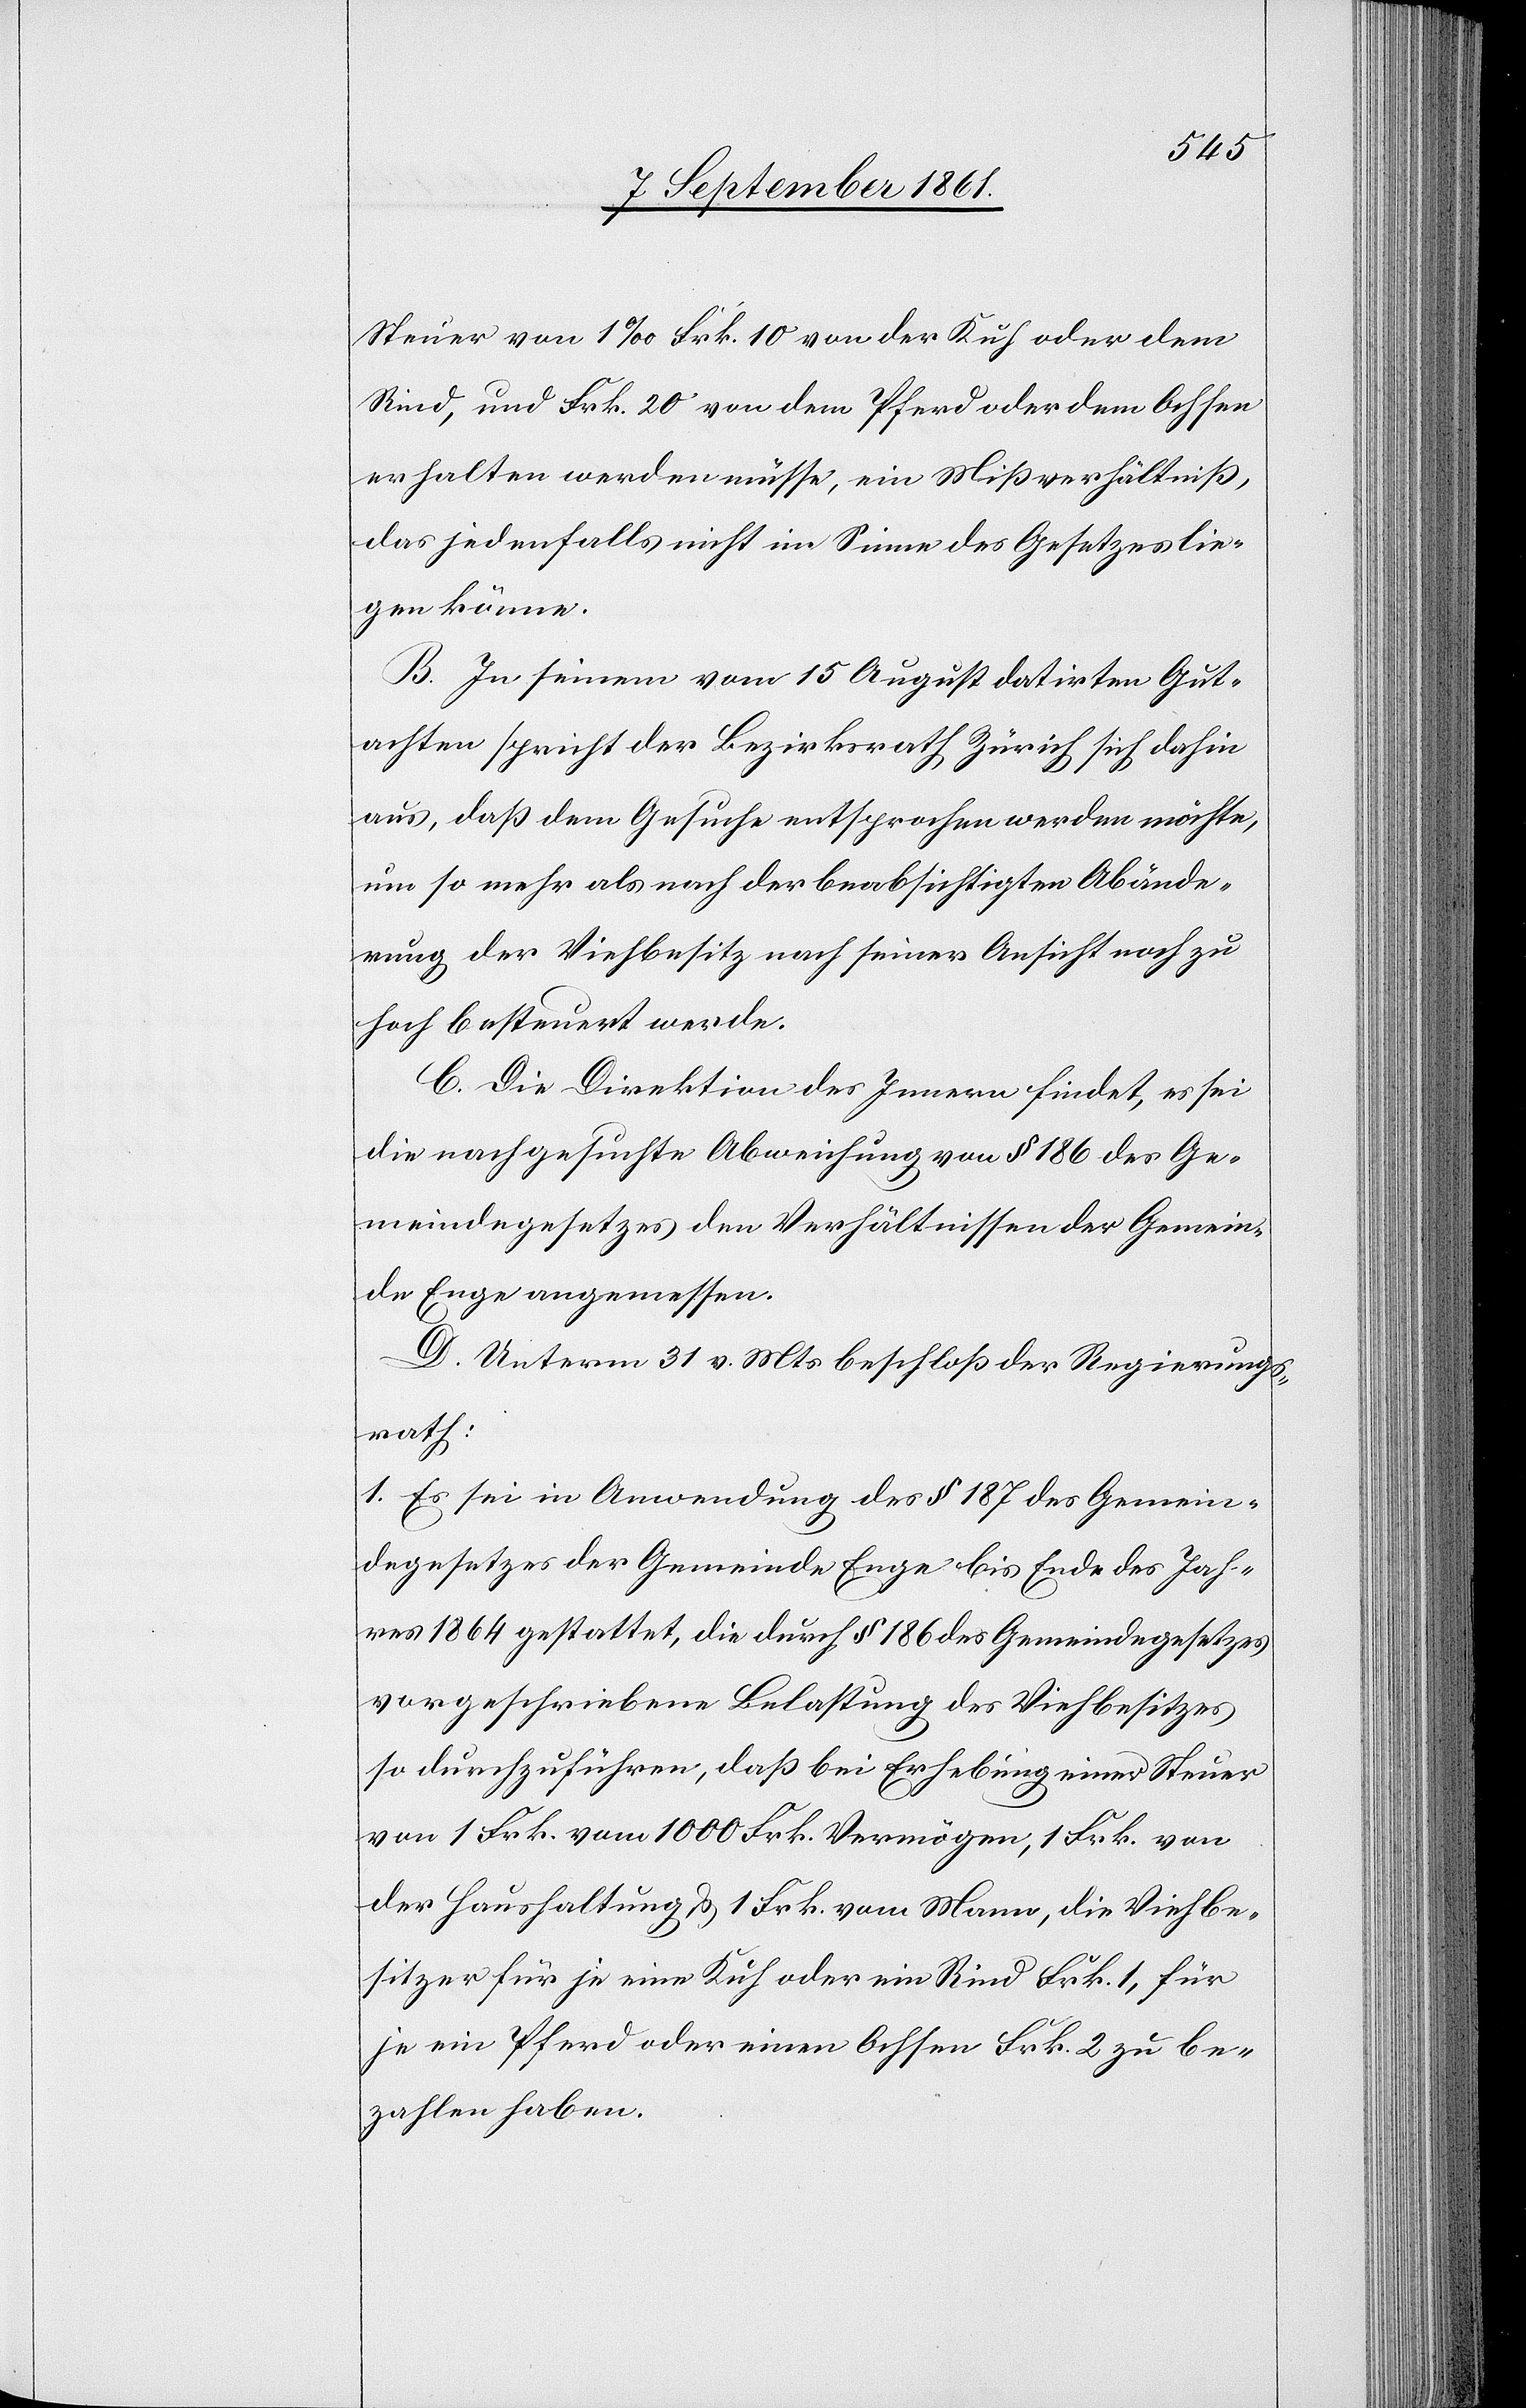
Steuer von 1‰ Frk. 10 von der Kuh oder dem
Rind, und Frk. 20 von dem Pferd oder dem Ochsen
erhalten werden müsse, ein Mißverhältniß,
das jedenfalls nicht im Sinne des Gesetzes lie¬
gen könnte.
B. In seinem vom 15 August datirten Gut¬
achten spricht der Bezirksrath Zürich sich dahin
aus, daß dem Gesuche entsprochen werden möchte,
um so mehr als nach der beabsichtigten Abände¬
rung der Viehbesitz nach seiner Ansicht noch zu
hoch besteuert werde.
C. Die Direktion des Innern findet, es sei
die nachgesuchte Abweichung von § 186 des Ge¬
meindegesetzes den Verhältnissen der Gemein¬
de Enge angemessen.
D. Unterm 31 v. Mts. beschloß der Regierungs¬
rath:
1. Es sei in Anwendung des § 187 des Gemein¬
degesetzes der Gemeinde Enge bis Ende des Jah¬
res 1864 gestattet, die durch § 186 des Gemeindegesetzes
vorgeschriebene Belastung des Viehbesitzes
so durchzuführen, daß bei Erhebung einer Steuer
von 1 Frk. vom 1000 Frk. Vermögen, 1 Frk. von
der Haushaltung u. 1 Frk. vom Mann, die Viehbe¬
sitzer für je eine Kuh oder ein Rind Frk. 1, für
je ein Pferd oder einen Ochsen Frk. 2 zu be¬
zahlen haben.